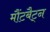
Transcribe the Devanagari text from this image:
मौंटबैट्न